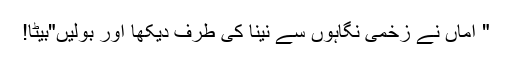
" اماں نے زخمی نگاہوں سے نینا کی طرف دیکھا اور بولیں"بیٹا!